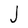
Character: J